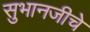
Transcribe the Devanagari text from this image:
सुभानजीचे